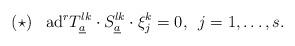
LaTeX: \begin{gather*}(\star)\,\,\,\,\,\mbox{ad}^{r}T_{\underline{a}}^{lk}\cdot S_{\underline{a}}^{lk}\cdot\xi_{j}^{k}=0,\,\,\,j=1,\dots,s.\end{gather*}